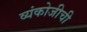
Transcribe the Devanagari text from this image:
व्यंकोजीची